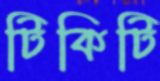
টিকিটি